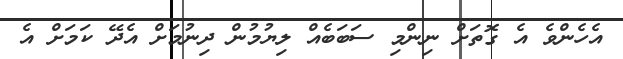
އެހެންވެ އެ ގޮތަށް ނިންމި ސަބަބެއް ލިޔުމުން ދިނުމަށް އެދޭ ކަމަށް އެ